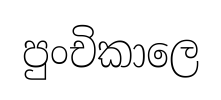
පුංචිකාලෙ